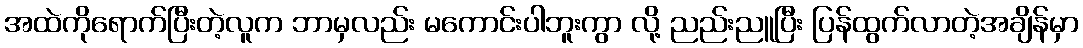
အထဲကိုရောက်ပြီးတဲ့လူက ဘာမှလည်း မကောင်းပါဘူးကွာ လို့ ညည်းညူပြီး ပြန်ထွက်လာတဲ့အချိန်မှာ